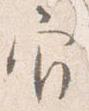
官